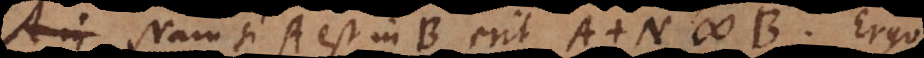
in A est in B erit A + N # B. Ergo